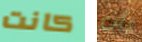
كانت بأن